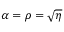
\alpha = \rho = \sqrt { \eta }